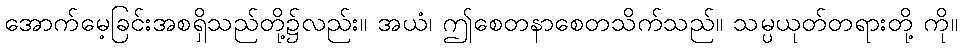
အောက်မေ့ခြင်းအစရှိသည်တို့၌လည်း။ အယံ၊ ဤစေတနာစေတသိက်သည်။ သမ္ပယုတ်တရားတို့ ကို။